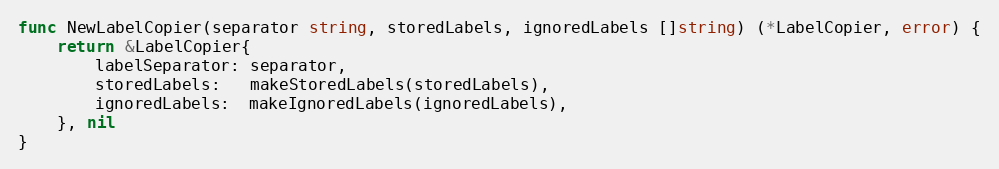
Language: Go
func NewLabelCopier(separator string, storedLabels, ignoredLabels []string) (*LabelCopier, error) {
	return &LabelCopier{
		labelSeparator: separator,
		storedLabels:   makeStoredLabels(storedLabels),
		ignoredLabels:  makeIgnoredLabels(ignoredLabels),
	}, nil
}